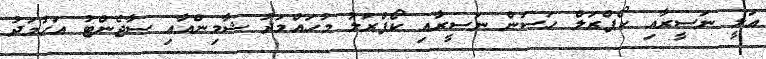
އަލީ ނަސީރާއި ކޯޕްރަލް ހަސަން ނަސީރާއި ކޯޕްރަލު މުހައްމަދު ޝާމިންއާއި ސާޖެންޓު އަހުމަދު